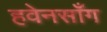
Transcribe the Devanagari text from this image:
हवेनसाँग